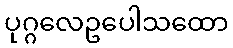
ပုဂ္ဂလေဥပေါသထော